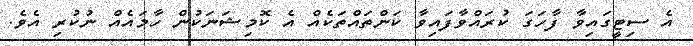
އެ ސިޓީގައިވާ ފާހަގަ ކުރައްވާފައިވާ ކަންތައްތަކެއް އެ ކޮމިޝަނަކުން ހާމައެއް ނުކުރި އެވެ.